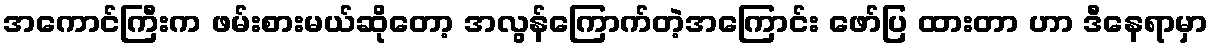
အကောင်ကြီးက ဖမ်းစားမယ်ဆိုတော့ အလွန်ကြောက်တဲ့အကြောင်း ဖော်ပြ ထားတာ ဟာ ဒီနေရာမှာ